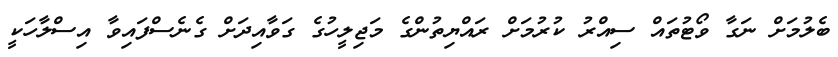
ބެލުމަށް ނަގާ ވޯޓުތައް ސިއްރު ކުރުމަށް ރައްޔިތުންގެ މަޖިލީހުގެ ގަވާއިދަށް ގެނެސްފައިވާ އިސްލާހަކީ